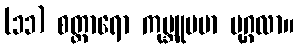
(၁၁) စတ္တာရော ကုမ္ဘူပမာ ပုဂ္ဂလာ။